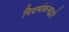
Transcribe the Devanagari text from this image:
नियमांकनाद्वारे